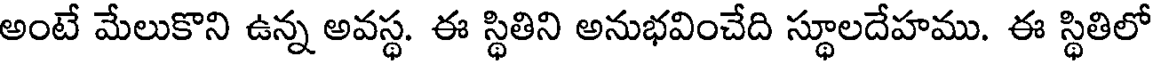
అంటే మేలుకొని ఉన్న అవస్థ. ఈ స్థితిని అనుభవించేది స్థూలదేహము. ఈ స్థితిలో